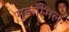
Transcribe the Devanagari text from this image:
मुकम्मिल